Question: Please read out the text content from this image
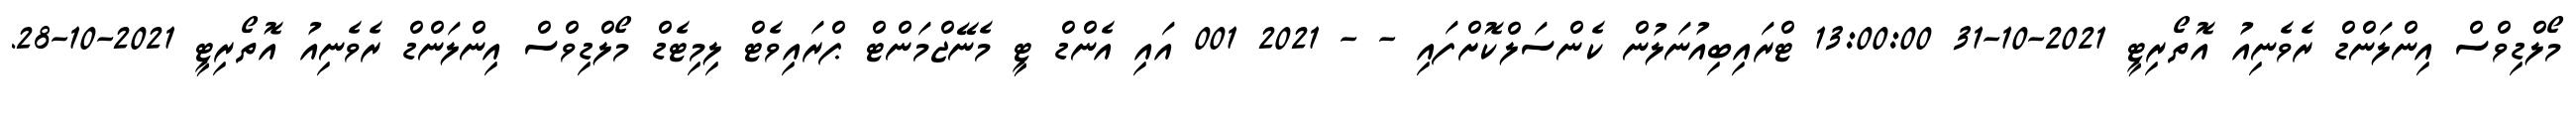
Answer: މޯލްޑިވްސް އިންލަންޑް ރެވެނިއު އޮތޯރިޓީ 2021-10-31 13:00:00 ޓްރައިބިއުނަލުން ކެންސަލްކޮށްފައި - - 2021 001 އައި އެންޑް ޓީ މެނޭޖްމަންޓް ޕްރައިވެޓް ލިމިޓެޑް މޯލްޑިވްސް އިންލަންޑް ރެވެނިއު އޮތޯރިޓީ 2021-10-28.